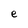
Character: e